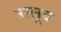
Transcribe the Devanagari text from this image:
उस्लूब